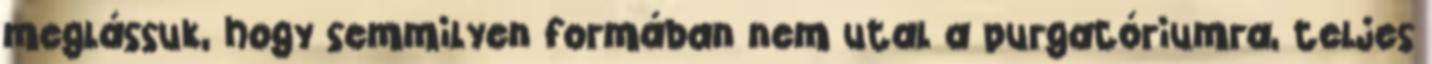
meglássuk, hogy semmilyen formában nem utal a purgatóriumra, teljes